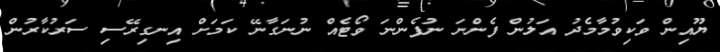
ޔޫއިން ވަކިވުމާމެދު އަލުން ފެންނަ ނުފެންނަ ވޯޓެއް ނުނަގާނޭ ކަމަށް އިނގިރޭސި ސަރުކާރުން